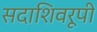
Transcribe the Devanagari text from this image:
सदाशिवरूपी